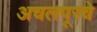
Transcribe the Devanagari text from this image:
अचलपूरचे